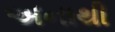
અનાથી